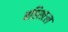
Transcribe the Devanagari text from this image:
बहिशाःल